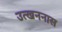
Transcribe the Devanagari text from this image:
उत्खननास